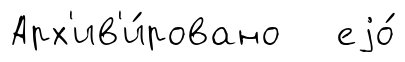
Арх'ив'и́ровано еjо́